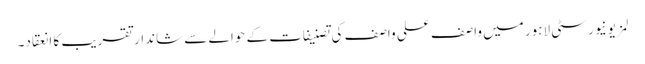
لمز یونیورسٹی لاہور میں واصف علی واصف کی تصنیفات کے حوالے سے شاندار تقریب کا انعقاد۔